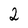
Character: 2